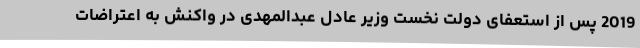
2019 پس از استعفای دولت نخست وزیر عادل عبدالمهدی در واکنش به اعتراضات